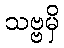
သဗ္ဗမှိ